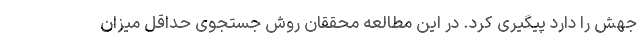
جهش را دارد پیگیری کرد. در این مطالعه محققان روش جستجوی حداقل میزان